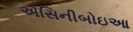
એસિનીબોઇઆ